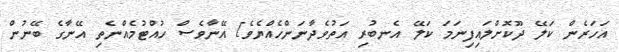
އަހަރެން ކަލޭ ދޫކޮށްލައިފިނަމަ ކަލޭ އެނބުރި އަތުވެދާނަންހެއްޔެވެ] އޭނާވެސް ހުއްޓުމެއްނެތި އޭނާގެ ބޭނުން